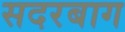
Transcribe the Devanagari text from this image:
सदरबाग